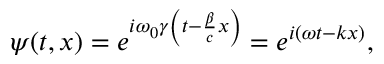
\psi ( t , x ) = e ^ { i \omega _ { 0 } \gamma \left( t - \frac { \beta } { c } x \right) } = e ^ { i ( \omega t - k x ) } ,